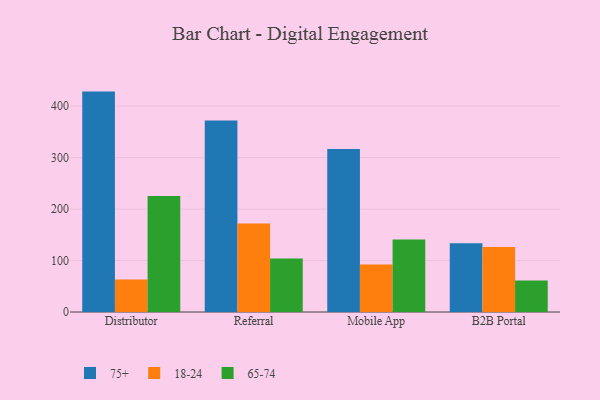
{"axis": {"x": "Channel", "y": "Market Share (%)"}, "legend": ["18-24", "65-74", "75+"], "data": [{"x": "Distributor", "y": 428.4, "type": "75+"}, {"x": "Distributor", "y": 63.0, "type": "18-24"}, {"x": "Distributor", "y": 225.3, "type": "65-74"}, {"x": "Referral", "y": 372.1, "type": "75+"}, {"x": "Referral", "y": 172.1, "type": "18-24"}, {"x": "Referral", "y": 104.0, "type": "65-74"}, {"x": "Mobile App", "y": 316.7, "type": "75+"}, {"x": "Mobile App", "y": 92.1, "type": "18-24"}, {"x": "Mobile App", "y": 140.9, "type": "65-74"}, {"x": "B2B Portal", "y": 133.5, "type": "75+"}, {"x": "B2B Portal", "y": 126.4, "type": "18-24"}, {"x": "B2B Portal", "y": 61.0, "type": "65-74"}]}